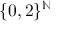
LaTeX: \{ 0 , 2 \} ^ { \mathbb { N } }